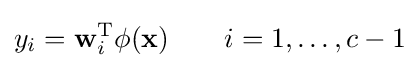
y_{i}=\mathbf {w} _{i}^{\text{T}}\phi (\mathbf {x} )\qquad i=1,\ldots ,c-1